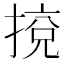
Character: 𢯻